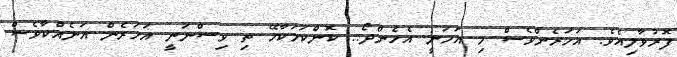
ފޮރުވާލިއެވެ. އަހަރެންވެސް މި އަހަނީ އެހެންދޯ.. ކޮންކަމަކާހޭ ތި ވިސްނަނީ އަހަރެން އަނެއްކާވެސް